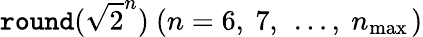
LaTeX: \texttt{round}(\sqrt{2}^{n})\ (n=6,\ 7,\ \dots,\ n_{\operatorname*{max}{}})